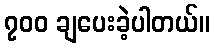
၇၀၀ ချပေးခဲ့ပါတယ်။